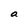
Character: a